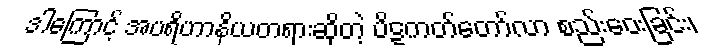
ဒါကြောင့် အပရိဟာနိယတရားဆိုတဲ့ ပိဋကတ်တော်လာ စည်းဝေးခြင်း၊